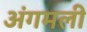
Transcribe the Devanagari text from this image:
अंगमली